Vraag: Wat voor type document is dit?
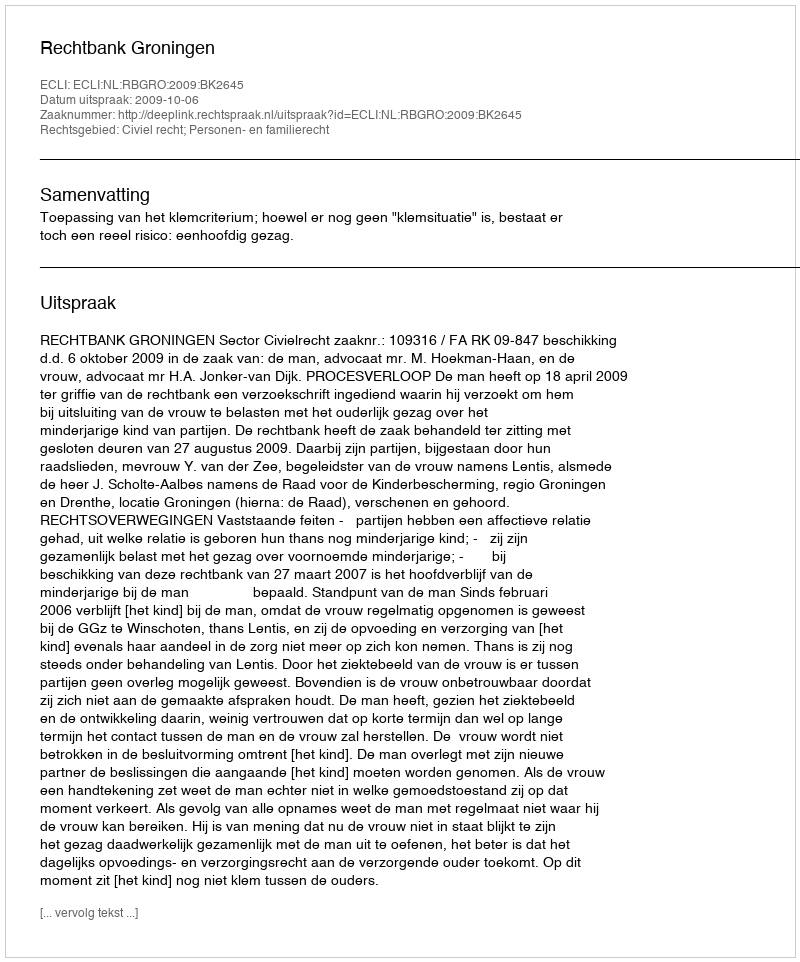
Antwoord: Uitspraak